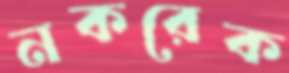
নকরেক